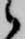
候